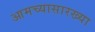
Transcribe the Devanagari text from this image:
आमच्यासारख्या